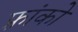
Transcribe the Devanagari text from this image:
फ़्रांको